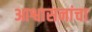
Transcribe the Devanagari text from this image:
आश्वासनांचा